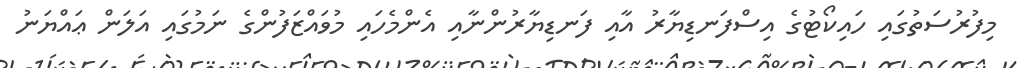
މިފުރުސަތުގައި ހައިކޯޓުގެ އިސްފަނޑިޔާރު އާއި ފަނޑިޔާރުންނާއި އެންމެހައި މުވައްޒަފުންގެ ނަމުގައި އަލަން ޢައްޔަނު